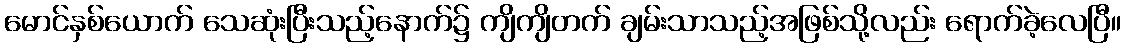
မောင်နှစ်ယောက် သေဆုံးပြီးသည့်နောက်၌ ကျိကျိတက် ချမ်းသာသည့်အဖြစ်သို့လည်း ရောက်ခဲ့လေပြီ။